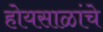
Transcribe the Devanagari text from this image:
होयसाळांचे